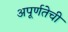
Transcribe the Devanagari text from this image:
अपूर्णतेची